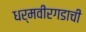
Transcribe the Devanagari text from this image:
धर्मवीरगडाची